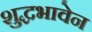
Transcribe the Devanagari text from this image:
शुद्धभावेन